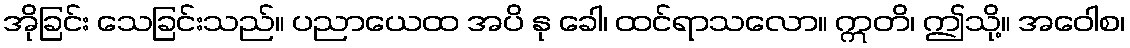
အိုခြင်း သေခြင်းသည်။ ပညာယေထ အပိ နု ခေါ၊ ထင်ရာသလော။ ဣတိ၊ ဤသို့။ အဝေါစ၊